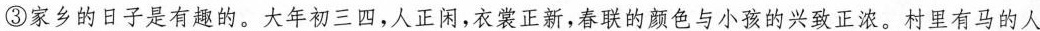
③家乡的日子是有趣的。大年初三四,人正闲,衣裳正新,春联的颜色与小孩的兴致正浓。村里有马的人